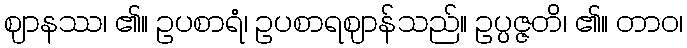
ဈာနဿ၊ ၏။ ဥပစာရံ၊ ဥပစာရဈာန်သည်။ ဥပ္ပဇ္ဇတိ၊ ၏။ တာဝ၊